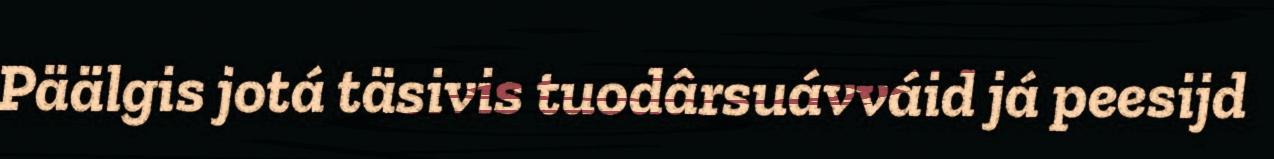
Päälgis jotá täsivis tuodârsuávváid já peesijd